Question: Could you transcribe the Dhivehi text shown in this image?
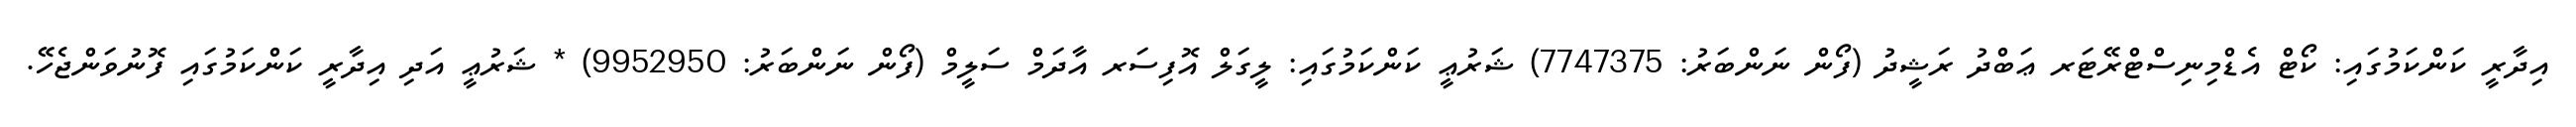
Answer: އިދާރީ ކަންކަމުގައި: ކޯޓް އެޑްމިނިސްޓްރޭޓަރ ޢަބްދު ރަޝީދު (ފޯން ނަންބަރު: 7747375) ޝަރުޢީ ކަންކަމުގައި: ލީގަލް އޮފިސަރ އާދަމް ސަލީމް (ފޯން ނަންބަރު: 9952950) * ޝަރުޢީ އަދި އިދާރީ ކަންކަމުގައި ފޮނުވަންޖެހޭ.